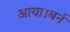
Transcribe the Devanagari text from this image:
आया।बर्न